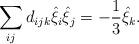
LaTeX: \begin{align*}\sum_{ij}d_{ijk}\hat{\xi}_i\hat{\xi}_j=-\frac{1}{3}\hat{\xi}_k.\end{align*}